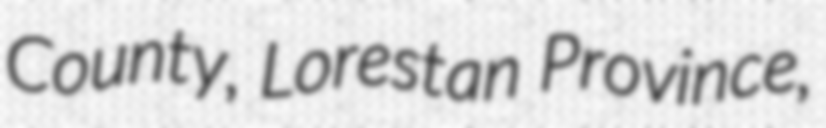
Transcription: County, Lorestan Province,